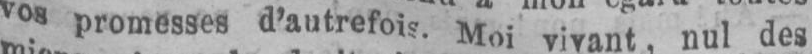
vos promesses d’autrefois. Moi vivant, nul des